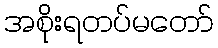
အစိုးရတပ်မတော်